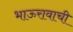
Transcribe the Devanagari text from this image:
भाऊरावाची